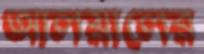
আলয়ালের